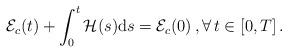
LaTeX: \begin{align*} \mathcal{E}_c(t) + \int_{0}^t \mathcal H(s){\rm d}s = \mathcal {E}_c(0)\,, \forall \, t \in [0,T]\,.\end{align*}